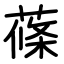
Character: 蓧